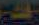
ات